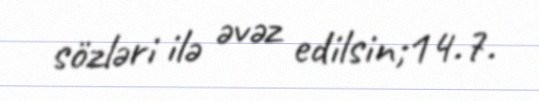
sözləri ilə əvəz edilsin;14.7.